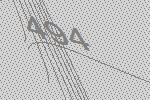
494